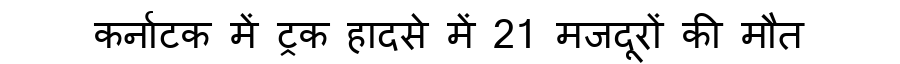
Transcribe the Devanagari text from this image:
कर्नाटक में ट्रक हादसे में 21 मजदूरों की मौत